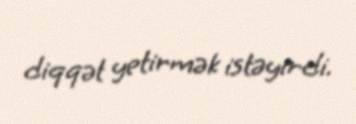
diqqət yetirmək istəyirdi.